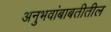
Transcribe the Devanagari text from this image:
अनुभवांबाबतीतील